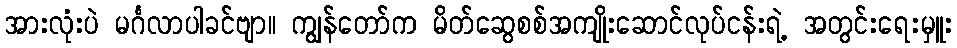
အားလုံးပဲ မင်္ဂလာပါခင်ဗျာ။ ကျွန်တော်က မိတ်ဆွေစစ်အကျိုးဆောင်လုပ်ငန်းရဲ့ အတွင်းရေးမှူး